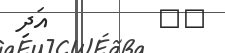
٤٢         އަދި